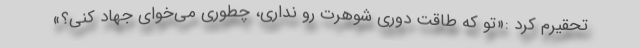
تحقیرم کرد :«تو که طاقت دوری شوهرت رو نداری، چطوری می‌خوای جهاد کنی؟»